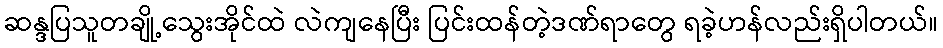
ဆန္ဒပြသူတချို့သွေးအိုင်ထဲ လဲကျနေပြီး ပြင်းထန်တဲ့ဒဏ်ရာတွေ ရခဲ့ဟန်လည်းရှိပါတယ်။